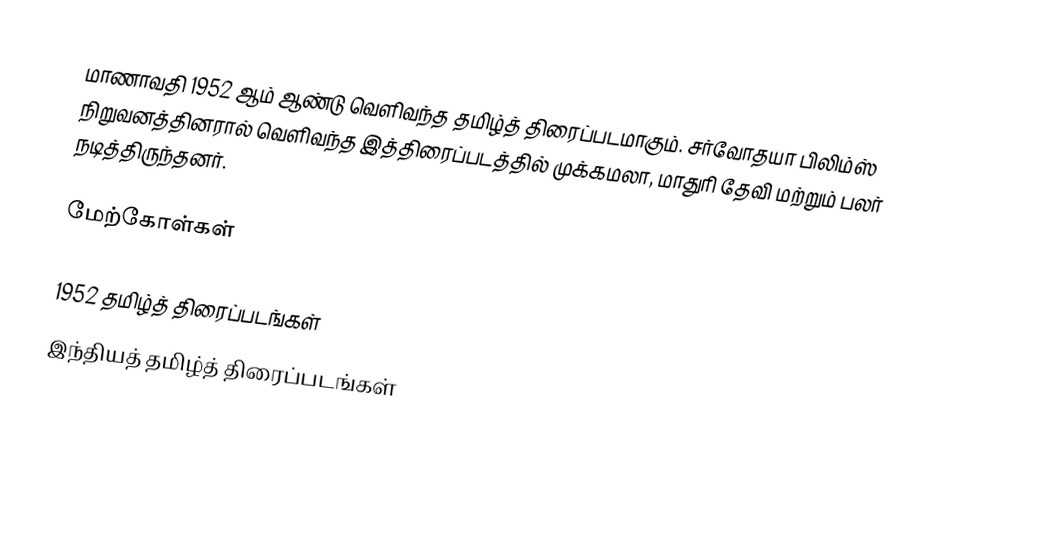
மாணாவதி 1952 ஆம் ஆண்டு வெளிவந்த தமிழ்த் திரைப்படமாகும். சர்வோதயா பிலிம்ஸ் நிறுவனத்தினரால் வெளிவந்த இத்திரைப்படத்தில் முக்கமலா, மாதுரி தேவி மற்றும் பலர் நடித்திருந்தனர்.

மேற்கோள்கள்

1952 தமிழ்த் திரைப்படங்கள்
இந்தியத் தமிழ்த் திரைப்படங்கள்